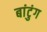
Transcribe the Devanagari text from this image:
बांटुंग